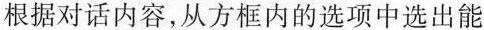
根据对话内容,从方框内的选项中选出能